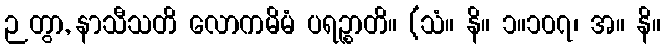
ဉတွာ, နာသီသတိ လောကမိမံ ပရဉ္စာတိ။ (သံ။ နိ။ ၁။၁၀၇၊ အ။ နိ။